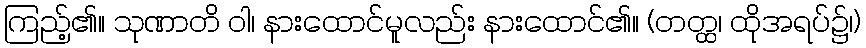
ကြည့်၏။ သုဏာတိ ဝါ၊ နားထောင်မူလည်း နားထောင်၏။ (တတ္ထ၊ ထိုအရပ်၌၊)